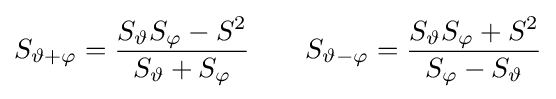
S_{\vartheta +\varphi }={\frac {S_{\vartheta }S_{\varphi }-S^{2}}{S_{\vartheta }+S_{\varphi }}}\quad \quad S_{\vartheta -\varphi }={\frac {S_{\vartheta }S_{\varphi }+S^{2}}{S_{\varphi }-S_{\vartheta }}}